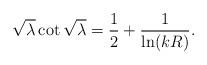
LaTeX: \begin{align*}\sqrt{\lambda}\cot\sqrt{\lambda}=\frac{1}{2}+\frac{1}{\ln(kR)}.\end{align*}